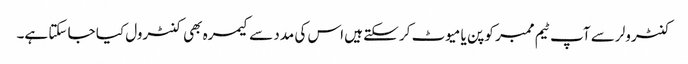
کنٹرولر سے آپ ٹیم ممبر کو پن یا میوٹ کر سکتے ہیں اس کی مدد سے کیمرہ بھی کنٹرول کیا جا سکتا ہے۔